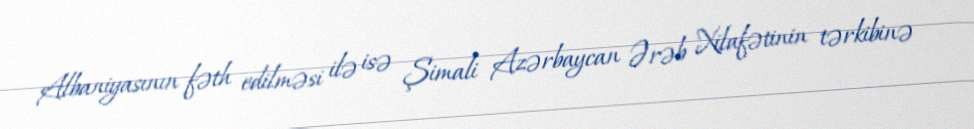
Albaniyasının fəth edilməsi ilə isə Şimali Azərbaycan Ərəb Xilafətinin tərkibinə